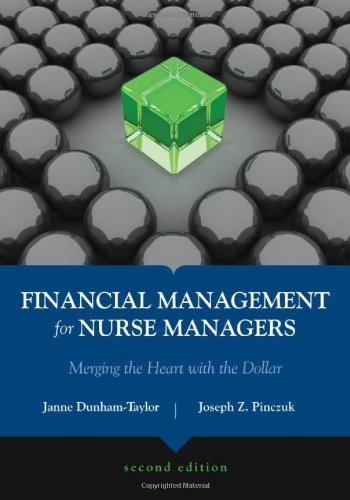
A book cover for Financial Management For Nurse Managers: Merging The Heart With The Dollar (Dunham-Taylor, Financial Management for Nurse Managers); Janne Dunham-Taylor; Medical Books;